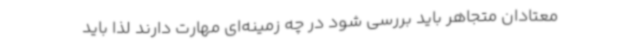
معتادان متجاهر باید بررسی شود در چه زمینه‌ای مهارت دارند لذا باید